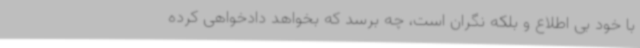
با خود بی اطلاع و بلکه نگران است، چه برسد که بخواهد دادخواهی کرده